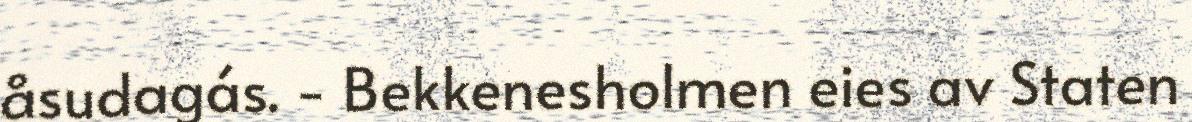
åsudagás. - Bekkenesholmen eies av Staten